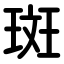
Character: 斑